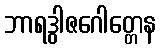
ဘာရဒွါဇဂေါတ္တေန